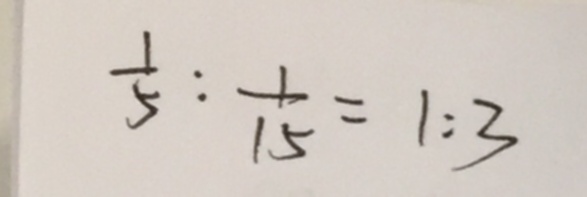
\frac { 1 } { 5 } : \frac { 1 } { 1 5 } = 1 : 3